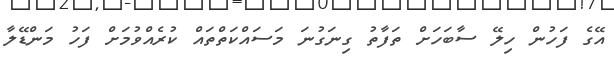
އޭގެ ފަހުން ހިލޭ ސާބަހަށް ތަފާތު ގިނަގުނަ މަސައްކަތްތައް ކުރެއްވުމަށް ފަހު މަންޑޭލާ